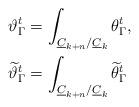
LaTeX: \begin{align*}\vartheta_{\Gamma}^t&=\int_{\underline C_{k+n}/\underline C_k}\theta^t_\Gamma,\\\widetilde\vartheta_{\Gamma}^t&=\int_{\underline C_{k+n}/\underline C_k}\widetilde\theta^t_\Gamma\end{align*}